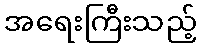
အရေးကြီးသည့်